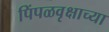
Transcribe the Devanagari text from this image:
पिंपळवृक्षाच्या